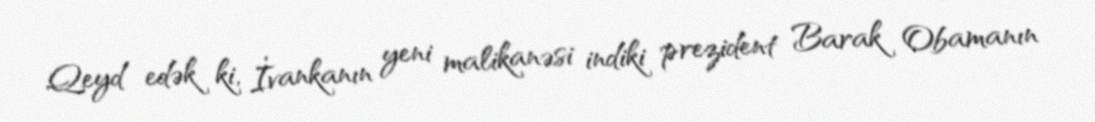
Qeyd edək ki, İvankanın yeni malikanəsi indiki prezident Barak Obamanın